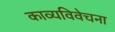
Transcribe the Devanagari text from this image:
काव्यविवेचना